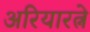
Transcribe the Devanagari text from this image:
अरियारत्ने